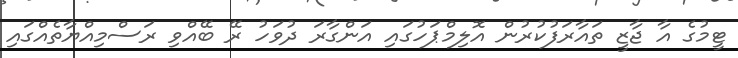
ޓީމުގެ އާ ޖާޒީ ތައާރަފުކުރުން އޮލިމްޕަހުގައި އަންގާރަ ދުވަހު ރޭ ބޭއްވި ރަސްމިއްޔާތެއްގައި